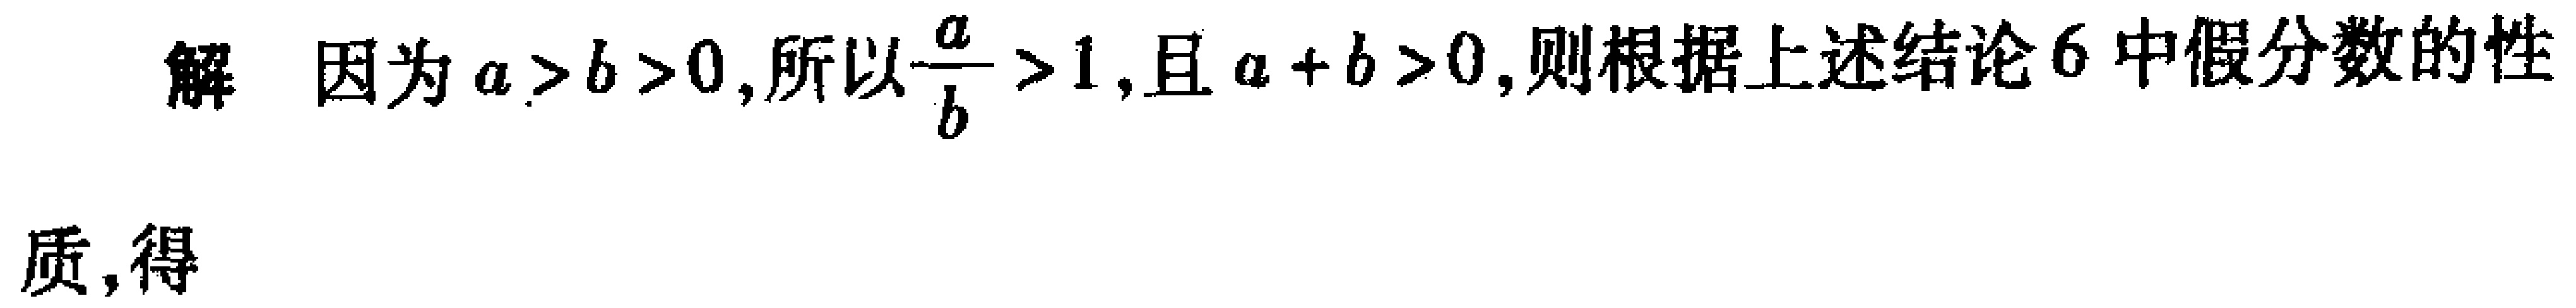
解 因为\(a > b > 0\),所以\(\frac{a}{b}>1\),且\(a + b > 0\),则根据上述结论6中假分数的性

质,得